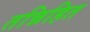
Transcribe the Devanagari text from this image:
तन्निहित